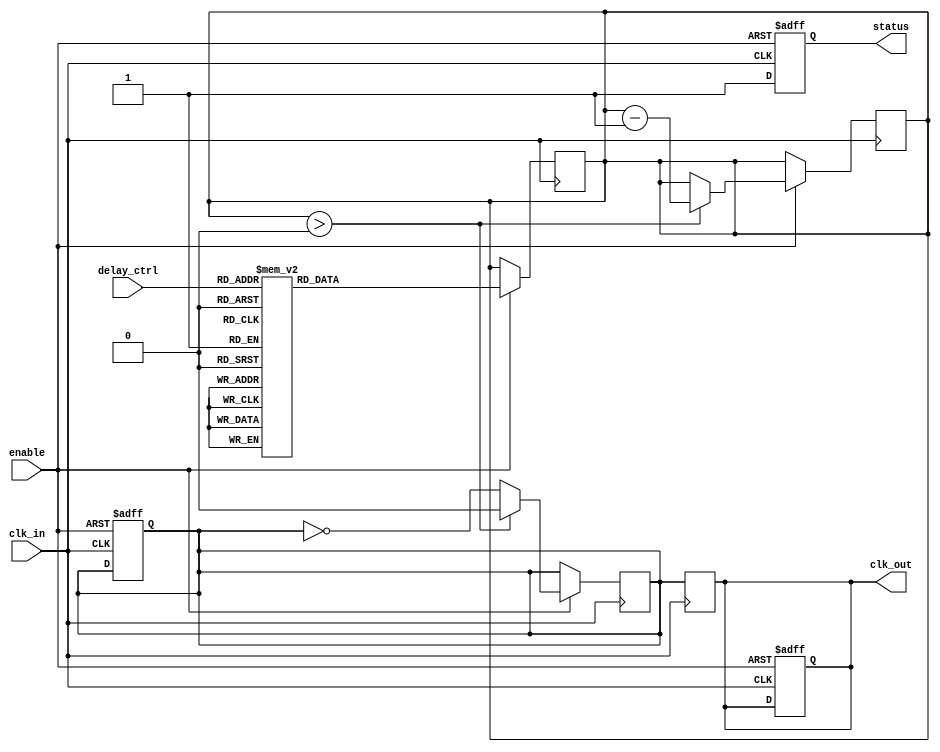
module DelayClockBuffer (
    input wire clk_in,         // Clock Input
    input wire [2:0] delay_ctrl, // Delay Control (3 bits for 8 different settings)
    input wire enable,        // Enable signal
    output reg clk_out,       // Clock Output
    output reg status         // Status output
);

// Internal signal to hold delayed clock
reg [2:0] delay_counter; // Counter for delay cycles
reg clk_reg;             // Registered clock signal

// Generate the delayed clock based on the delay_ctrl setting
always @(posedge clk_in or negedge enable) begin
    if (!enable) begin
        // When disabled, hold the output low
        clk_out <= 1'b0;
        clk_reg <= 1'b0;
        status <= 1'b0; // Buffer is disabled
    end else begin
        // Buffer is enabled, update status
        status <= 1'b1;

        // Implementing delay based on delay_ctrl
        case (delay_ctrl)
            3'b000: delay_counter <= 3'd0;  // No delay
            3'b001: delay_counter <= 3'd1;  // 1 clock cycle delay
            3'b010: delay_counter <= 3'd2;  // 2 clock cycles delay
            3'b011: delay_counter <= 3'd3;  // 3 clock cycles delay
            3'b100: delay_counter <= 3'd4;  // 4 clock cycles delay
            3'b101: delay_counter <= 3'd5;  // 5 clock cycles delay
            3'b110: delay_counter <= 3'd6;  // 6 clock cycles delay
            3'b111: delay_counter <= 3'd7;  // 7 clock cycles delay
            default: delay_counter <= 3'd0;  // Default no delay
        endcase
    end
end

// Generate clk_out based on delay_counter
always @(posedge clk_in) begin
    if (enable) begin
        // Shift the clock based on delay_counter
        if (delay_counter > 0) begin
            clk_reg <= 1'b0; // Hold low for the initial cycles
            delay_counter <= delay_counter - 1; // Decrement delay counter
        end else begin
            clk_reg <= ~clk_reg; // Toggle clock output
        end
    end
end

// Assign the registered clock to output
always @(posedge clk_in) begin
    clk_out <= clk_reg;
end

endmodule